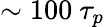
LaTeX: \sim 100~\tau_{p}